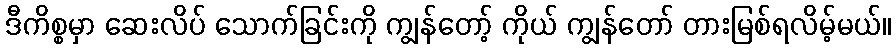
ဒီကိစ္စမှာ ဆေးလိပ် သောက်ခြင်းကို ကျွန်တော့် ကိုယ် ကျွန်တော် တားမြစ်ရလိမ့်မယ်။